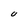
Character: U